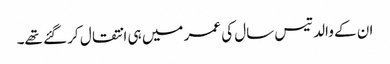
ان کے والد تیس سال کی عمر میں ہی انتقال کر گئے تھے۔